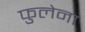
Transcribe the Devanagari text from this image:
फुलेना